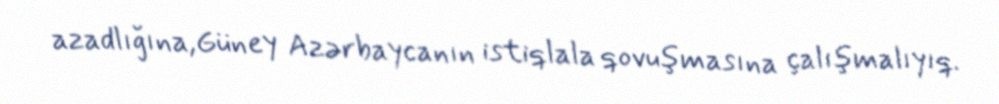
azadlığına,Güney Azərbaycanın istiqlala qovuşmasına çalışmalıyıq.